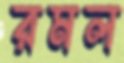
রমল